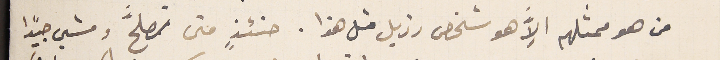
من هو ممثلهم الاََّ هو شخص رزيل متل هذا. حنئذٍ متى تصلح ومشي جيدًا